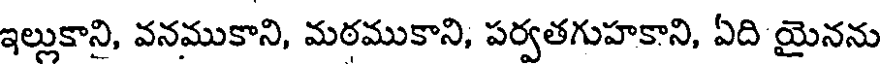
ఇల్లుకాని, వనముకాని, మఠముకాని, పర్వతగుహకాని, ఏది యైనను